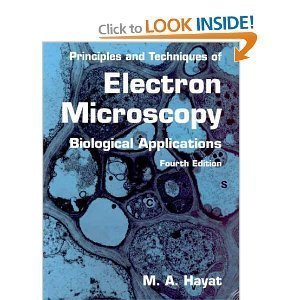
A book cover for Principles and Techniques of Electron Microscopy: v. 1: Biological Applications; M. A. Hayat; Science & Math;